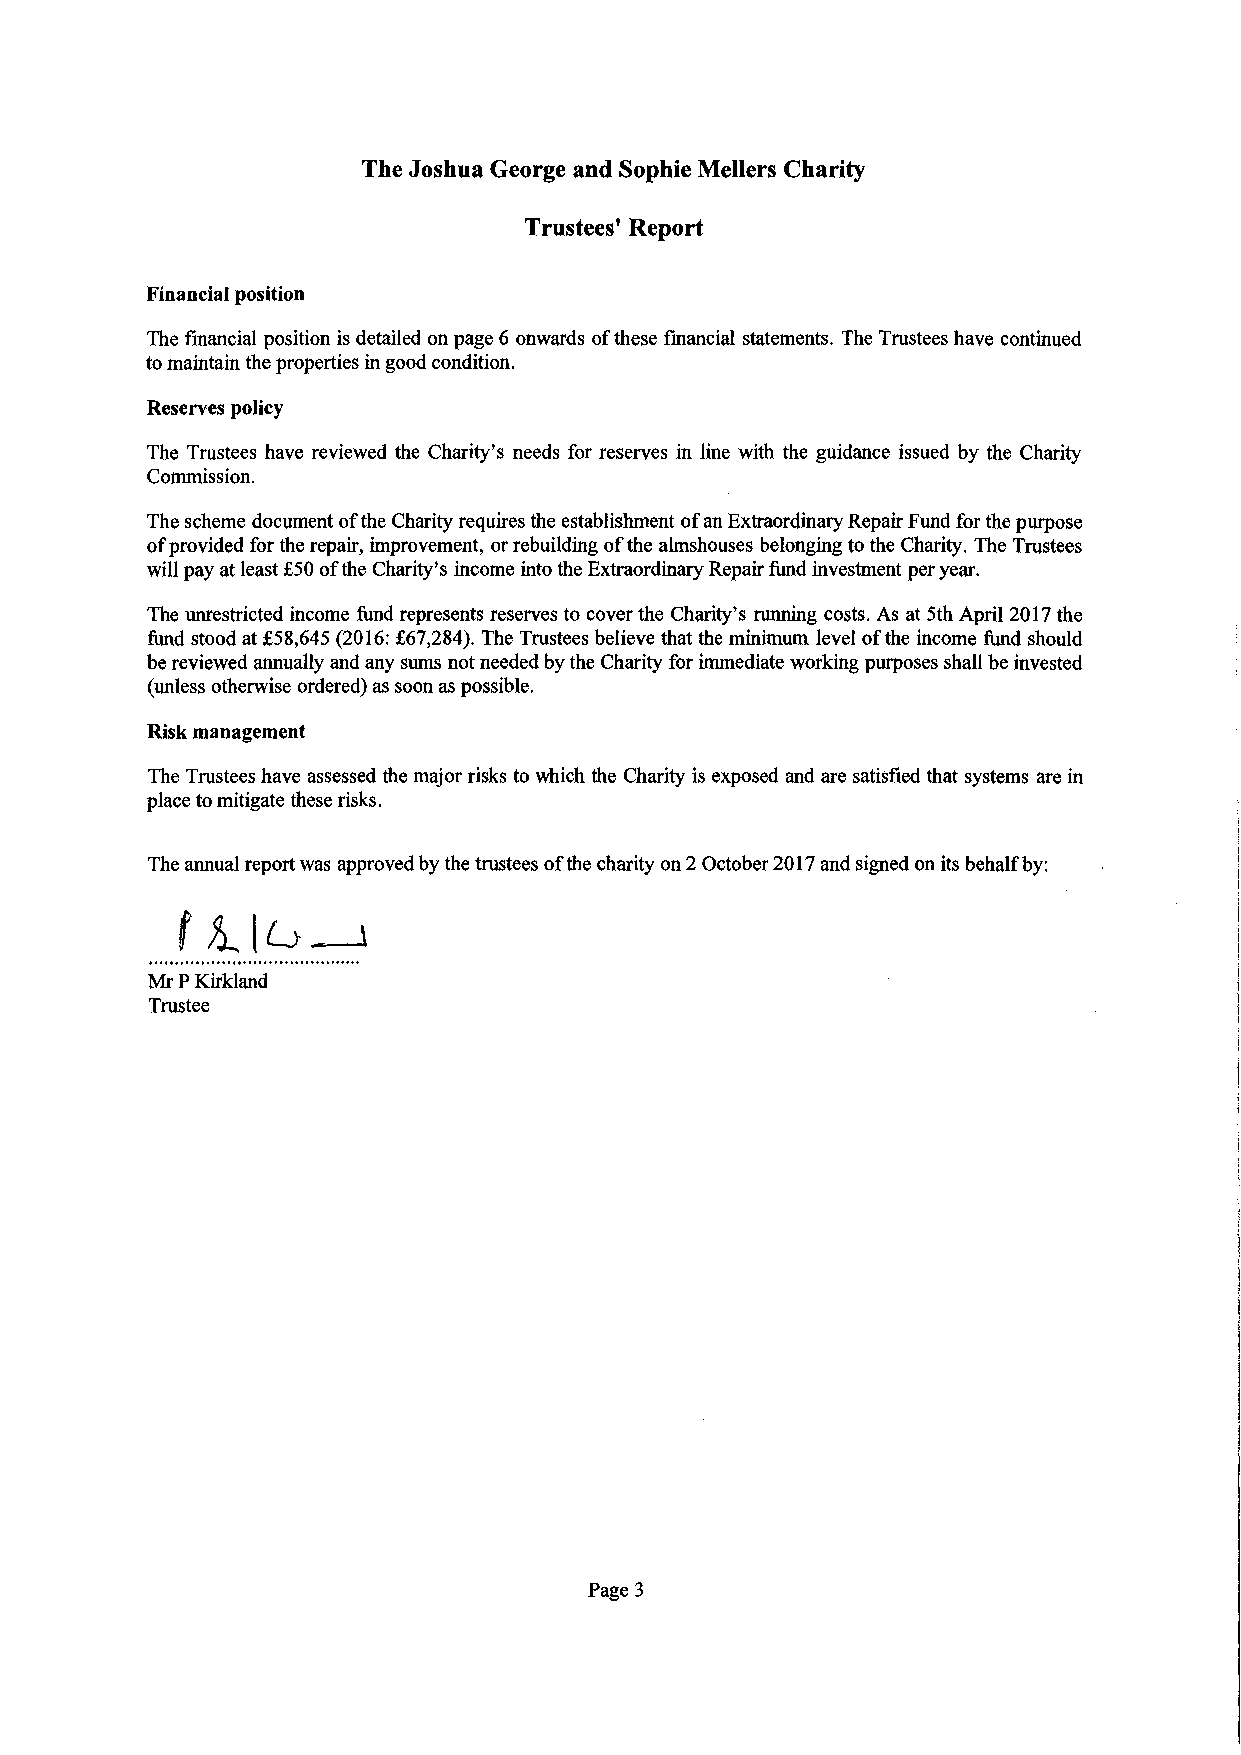
The Joshua George and Sophie Mellers Charity
 Trustees' Report
 Financialposition
 The financial position is detailed onpage 6 onwards ofthese financial statements. The Trusteeshave continued
 tomaintainthepropertiesingoodcondition.
 Reserves policy
 The Trustees have reviewed the Charity's needs for reserves in line with the guidance issued by the Charity
 Commission.
 Thescheme document oftheCharityrequiresthe establishment ofanExtraordinaryRepairFundforthepurpose
 ofprovided fortherepair, improvement, orrebuilding ofthe almshouses belonging tothe Charity. The Trustees
 willpayatleast£50 ofthe Charity's income intotheExtraordinaryRepairfundinvestment peryear.
 The unrestricted income fund represents reserves to coverthe Charity's running costs. As at 5th April 2017the
 fund stoodat£58,645 (2016: £67,284). The Trustees believe that the minimum level ofthe income fund should
 bereviewedannuallyandanysums notneededbythe Charity forimmediate workingpurposes shallbe invested
 (unless otherwise ordered)as soonaspossible.
 Riskmanagement
 The Trusteeshave assessed themajorrisks to which the Charity is exposed and are satisfied that systems are in
 placetomitigate theserisks.
 The annualreportwas approvedbythetrustees ofthe charityon2 October2017andsigned onitsbehalfby:
 MrPKirkland
 Trustee
 Page 3